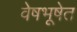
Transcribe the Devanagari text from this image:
वेषभूषेत